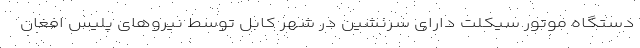
دستگاه موتور سیکلت دارای سرنشین در شهر کابل توسط نیرو‌های پلیس افغان